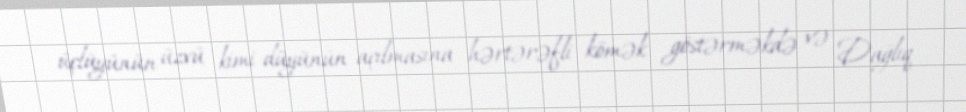
üçlüyünün üzvü kimi düyünün açılmasına hərtərəfli kömək göstərməkdə və Dağlıq